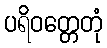
ပရိဝတ္တေတုံ